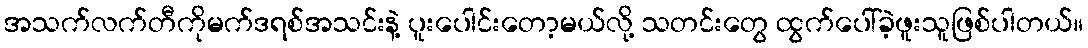
အသက်လက်တီကိုမက်ဒရစ်အသင်းနဲ့ ပူးပေါင်းတော့မယ်လို့ သတင်းတွေ ထွက်ပေါ်ခဲ့ဖူးသူဖြစ်ပါတယ်။